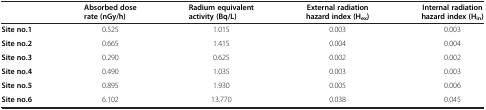
|  | Absorbed dose rate (nGy/h) | Radium equivalent activity (Bq/L) | External radiation hazard index (Hex) | Internal radiation hazard index (Hin) |
 | --- | --- | --- | --- | --- |
 | Site no.1 | 0.525 | 1.015 | 0.003 | 0.003 |
 | Site no.2 | 0.665 | 1.415 | 0.004 | 0.004 |
 | Site no.3 | 0.290 | 0.625 | 0.002 | 0.002 |
 | Site no.4 | 0.490 | 1.035 | 0.003 | 0.003 |
 | Site no.5 | 0.895 | 1.930 | 0.005 | 0.006 |
 | Site no.6 | 6.102 | 13.770 | 0.038 | 0.045 |